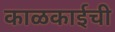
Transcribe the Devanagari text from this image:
काळकाईची